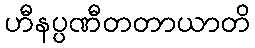
ဟီနပ္ပဏီတတာယာတိ